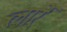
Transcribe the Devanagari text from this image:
लार्रे